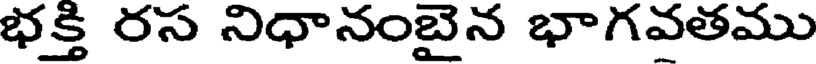
భక్తి రస నిధానంబైన భాగవతము